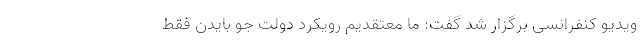
ویدیو کنفرانسی برگزار شد گفت: ما معتقدیم رویکرد دولت جو بایدن فقط